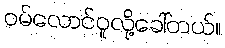
ဝမ်လောင်ဝူလို့ခေါ်တယ်။